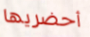
أحضريها